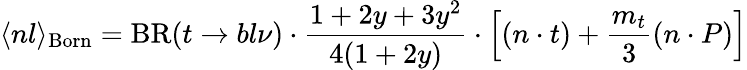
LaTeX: \langle nl\rangle_{\mathrm{Born}}=\mathrm{BR}(t\to bl\nu)\cdot\frac{1+2y+3y^{2}}{4(1+2y)}\cdot\Big[(n\cdot t)+\frac{m_{t}}{3}(n\cdot P)\Big]